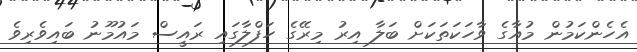
އެހެންކަމުން މުއާގެ ވާހަކަތަކަށް ބަލާ އިރު މިރޭގެ ހަފްލާގައި ރައީސް މައުމޫނު ބައިވެރިވެ